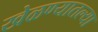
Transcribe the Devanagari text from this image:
खेळण्यातल्या